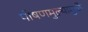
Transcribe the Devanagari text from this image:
पोषणमुल्यामुळे